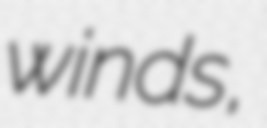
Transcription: winds,